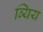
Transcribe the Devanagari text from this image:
ब्यिय